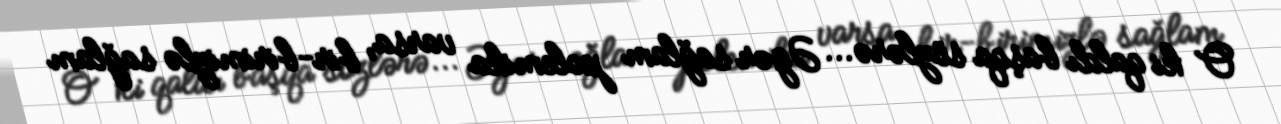
O ki qaldı başqa sözlərə... Əgər sağlam polemika varsa, bir-birimizlə sağlam